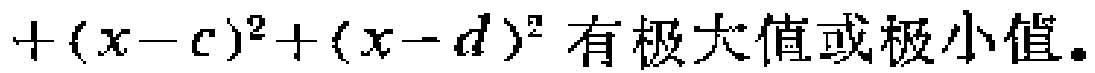
\(+(x - c)^2+(x - d)^2\) 有极大值或极小值。